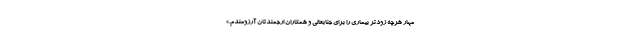
مهار هرچه زودتر بیماری را برای جنابعالی و همکاران ارجمندتان آرزومندم.»